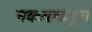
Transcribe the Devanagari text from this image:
नवऱ्याकडून